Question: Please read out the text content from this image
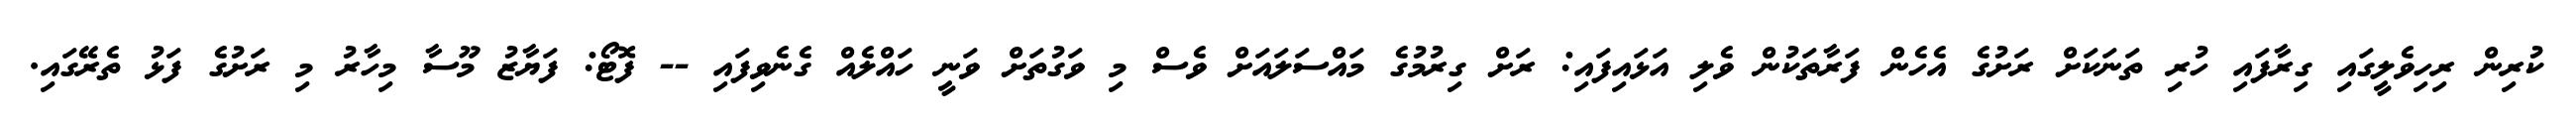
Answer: ކުރިން ރިހިވެލީގައި ގިރާފައި ހުރި ތަނަކަށް ރަށުގެ އެހެން ފަރާތަކުން ވެލި އަޅައިފައި: ރަށް ގިރުމުގެ މައްސަލައަށް ވެސް މި ވަގުތަށް ވަނީ ހައްލެއް ގެނެވިފައި -- ފޮޓޯ: ފަޔާޒު މޫސާ މިހާރު މި ރަށުގެ ފަޅު ތެރޭގައި.